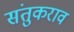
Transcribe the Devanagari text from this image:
संतुकराव